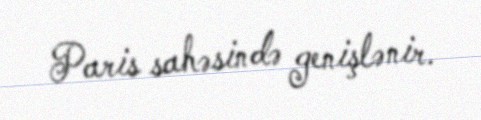
Paris sahəsində genişlənir.